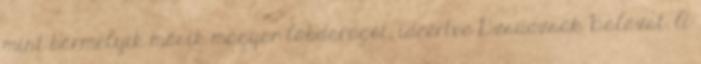
mint bármelyik másik magyar labdarúgót, ideértve Dzsudzsák Balázst. A